Leaving Certificate Examination (including Day School Certificate (Higher) General paper), 1938
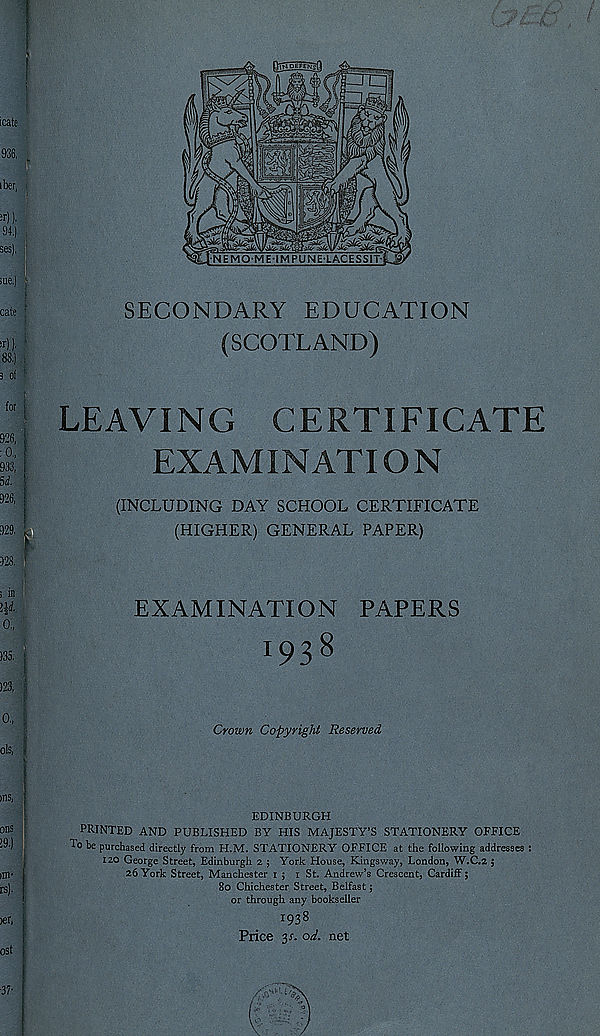
icate
for
SECONDARY EDUCATION
(SCOTLAND)
LEAVING CERTIFICATE
EXAMINATION
(INCLUDING DAY SCHOOL CERTIFICATE
(HIGHER) GENERAL PAPER)
EXAMINATION PAPERS
Crown Copyright Reserved
ins,
EDINBURGH
PRINTED AND PUBLISHED BY HIS MAJESTY’S STATIONERY OFFICE
^0 be purchased directly from H.M. STATIONERY OFFICE at the following addresses :
120 George Street, Edinburgh 2 5 York House, Kingsway, London, W.C.2 ;
26 York Street, Manchester 1 ; 1 St. Andrew’s Crescent, Cardiff;
80 Chichester Street, Belfast;
or through any bookseller
1938
Price 3s. od. net
U/ 3>